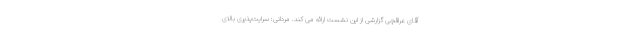
آقای عراقچی گزارشی از این نشست ارائه می کند. مردانی: سرایت‌پذیری بالای